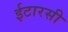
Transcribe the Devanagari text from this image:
ईटारसी